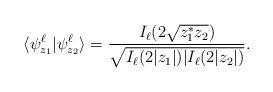
LaTeX: \begin{align*} \langle\psi_{z_1}^\ell|\psi_{z_2}^\ell\rangle=\frac{I_{\ell}(2\sqrt{ z_1^*z_2})}{\sqrt{I_{\ell}(2|z_1|)|I_{\ell}(2|z_2|)}}.\end{align*}